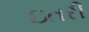
ઇતરી